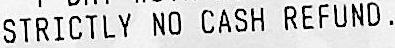
STRICTLY NO CASH REFUND.